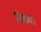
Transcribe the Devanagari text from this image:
बिकवा